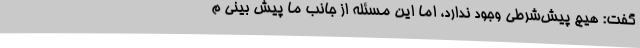
گفت: هیچ پیش‌شرطی وجود ندارد، اما این مسئله از جانب ما پیش بینی م